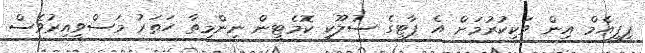
ޕީޕީއެމް އިން ވަކިކުރުމަށް އެ ޕާޓީގެ ސުލޫކީ ކޮމެޓީން ނިންމިތާ ހަތަރު މަސްވީއިރުވެސް